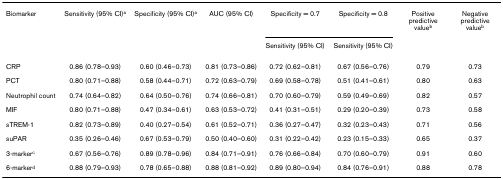
<table><thead><tr><td><b>Biomarker</b></td><td><b>Sensitivity (95% CI)<sup>a</sup></b></td><td><b>Specificity (95% CI)<sup>a</sup></b></td><td><b>AUC (95% CI)</b></td><td><b>Specificity = 0.7</b></td><td><b>Specificity = 0.8</b></td><td><b>Positive predictive value<sup>b</sup></b></td><td><b>Negative predictive value<sup>b</sup></b></td></tr><tr><td></td><td></td><td></td><td></td><td><b>Sensitivity (95% CI)</b></td><td><b>Sensitivity (95% CI)</b></td><td></td><td></td></tr></thead><tbody><tr><td>CRP</td><td>0.86 (0.78–0.93)</td><td>0.60 (0.46–0.73)</td><td>0.81 (0.73–0.86)</td><td>0.72 (0.62–0.81)</td><td>0.67 (0.56–0.76)</td><td>0.79</td><td>0.73</td></tr><tr><td>PCT</td><td>0.80 (0.71–0.88)</td><td>0.58 (0.44–0.71)</td><td>0.72 (0.63–0.79)</td><td>0.69 (0.58–0.78)</td><td>0.51 (0.41–0.61)</td><td>0.80</td><td>0.63</td></tr><tr><td>Neutrophil count</td><td>0.74 (0.64–0.82)</td><td>0.64 (0.50–0.76)</td><td>0.74 (0.66–0.81)</td><td>0.70 (0.60–0.79)</td><td>0.59 (0.49–0.69)</td><td>0.82</td><td>0.57</td></tr><tr><td>MIF</td><td>0.80 (0.71–0.88)</td><td>0.47 (0.34–0.61)</td><td>0.63 (0.53–0.72)</td><td>0.41 (0.31–0.51)</td><td>0.29 (0.20–0.39)</td><td>0.73</td><td>0.58</td></tr><tr><td>sTREM-1</td><td>0.82 (0.73–0.89)</td><td>0.40 (0.27–0.54)</td><td>0.61 (0.52–0.71)</td><td>0.36 (0.27–0.47)</td><td>0.32 (0.23–0.43)</td><td>0.71</td><td>0.56</td></tr><tr><td>suPAR</td><td>0.35 (0.26–0.46)</td><td>0.67 (0.53–0.79)</td><td>0.50 (0.40–0.60)</td><td>0.31 (0.22–0.42)</td><td>0.23 (0.15–0.33)</td><td>0.65</td><td>0.37</td></tr><tr><td>3-marker<sup>c</sup></td><td>0.67 (0.56–0.76)</td><td>0.89 (0.78–0.96)</td><td>0.84 (0.71–0.91)</td><td>0.76 (0.66–0.84)</td><td>0.70 (0.60–0.79)</td><td>0.91</td><td>0.60</td></tr><tr><td>6-marker<sup>d</sup></td><td>0.88 (0.79–0.93)</td><td>0.78 (0.65–0.88)</td><td>0.88 (0.81–0.92)</td><td>0.89 (0.80–0.94)</td><td>0.84 (0.76–0.91)</td><td>0.88</td><td>0.78</td></tr></tbody></table>